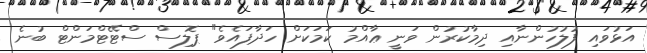
އަޅުވައި ފުލުހުންނާއި ދިމާކުރުން ވަނީ ޢާއްމު ކަމަކަށް ހަދާފައެވެ" ޕޮލިސް ސްޓޭޓްމަންޓް ބުނެ